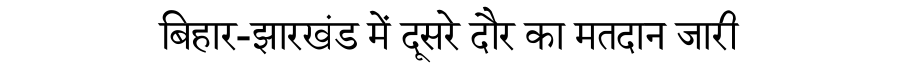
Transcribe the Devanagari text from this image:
बिहार-झारखंड में दूसरे दौर का मतदान जारी